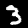
Label: 3